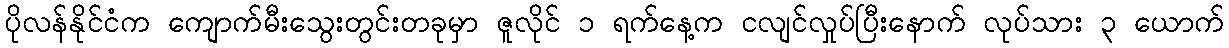
ပိုလန်နိုင်ငံက ကျောက်မီးသွေးတွင်းတခုမှာ ဇူလိုင် ၁ ရက်နေ့က ငလျင်လှုပ်ပြီးနောက် လုပ်သား ၃ ယောက်